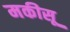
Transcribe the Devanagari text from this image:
मकीसू